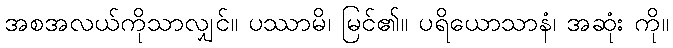
အစအလယ်ကိုသာလျှင်။ ပဿာမိ၊ မြင်၏။ ပရိယောသာနံ၊ အဆုံး ကို။